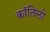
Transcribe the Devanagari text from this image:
कांतिलो